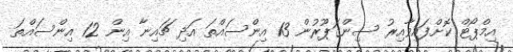
އިމްޕޯޓް ކޮށްފައިވާއިރު ސިންގަޕޫރުން 13 އިންސައްތަ އަދި ޗައިނާ އިން 12 އިންސައްތަ